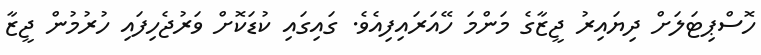
ހޮސްޕިޓަލަށް ދިޔައިރު ޖީޒާގެ މަންމަ ހޭއަރައިފިއެވެ. ގައިގައި ކުޑަކޮށް ވަރުޖެހިފައި ހުރުމުން ޖީޒާ